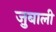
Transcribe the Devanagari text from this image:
ज़ुबाली